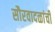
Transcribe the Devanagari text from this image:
सौरवादळांची